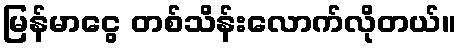
မြန်မာငွေ တစ်သိန်းလောက်လိုတယ်။